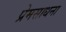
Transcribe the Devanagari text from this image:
प्रेमसाधना